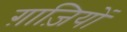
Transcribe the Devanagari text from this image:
ग़ाज़ियों